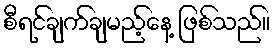
စီရင်ချက်ချမည့်နေ့ ဖြစ်သည်။